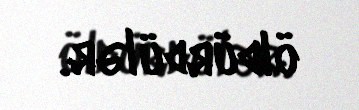
öldürdülər.